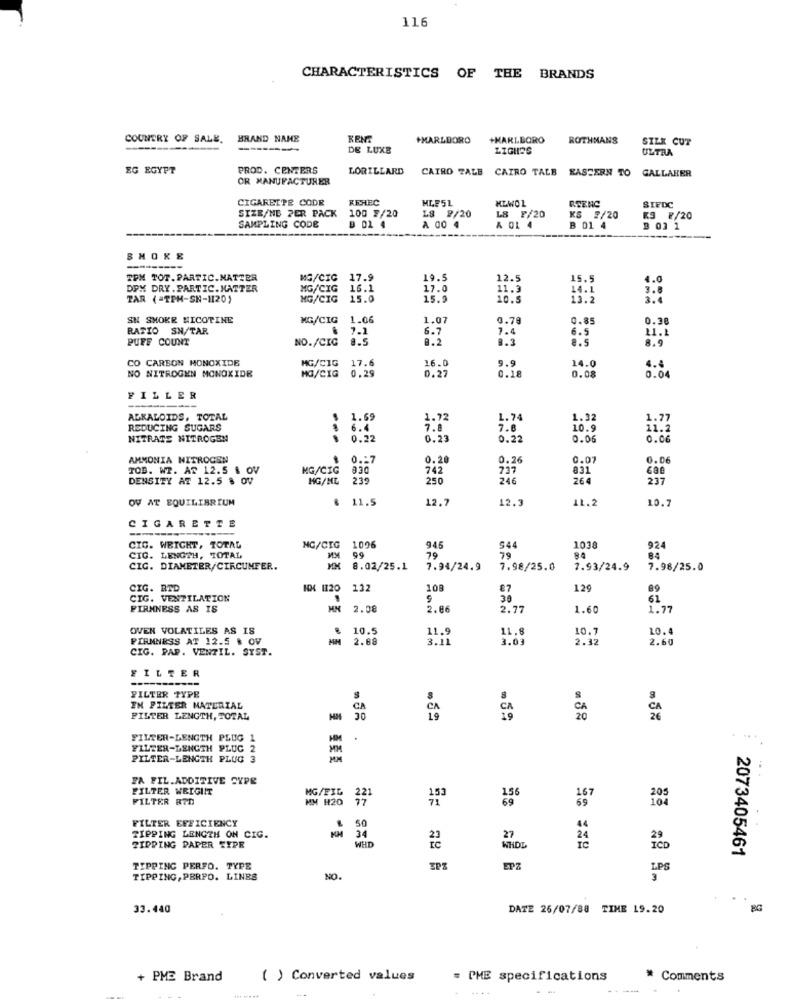
116
CHARACTERISTICS OF THE
BRANDS
COUNTRY OF SALE.
BRAND NAME
KENT
+MARLBORO
+MARLBORO
ROTHMANS
SILK CUT
-------
DE LUXE
LIGHOS
ULTRA
EG EGYPT
PROD. CENTERS
LORILLARD
OR MANUFACTURER
CAIRO TALE CAIRO TALE EASTERN TO GALLAHER
CIGARETTE CODR
KEHEC
MLF51
MLWOL
RTENC
SIFDC
L8 9/20
LS F/20
SIZE/ND PER PACK
100 F/20
KS 7/20
K3 ₹/20
SAMPLING CODE
B 01 4
A 00 4
A 01 4
B 01 4
2 03 1
SHOKE
TPM TOT. PARTIC.MATTER
MG/CIC
17.9
19.5
12.5
15.5
4.0
DPX DRY. PARTIC.MATTER
MG/CIG
16.1
17.0
11.3
14.1
3.8
MG/CIG
15.0
15.9
10.5
13.2
SN SMOKE NICOTINE
MG/CIG
1.06
1.07
0.78
0.85
0.38
RATIO SN/TAR
7.1
6.7
6.5
11.1
PUFF COUNT
NO./CIG 8.5
8.2
1.4
8.5
8.9
CO CARBON MONOXIDE
16.0
14.0
MG/CIG
MG/CIG
17.6
0.29
9.9
4.4
NO NITROGEN MONOXIDE
0.27
0.18
0.08
0.04
FILLER
ALKALOIDS, TOTAL
1.69
1.72
1.74
1.32
1.77
REDUCING SUGARS
6.4
7.8
7.8
10.9
11.2
NITRATE NITROGEN
0.22
0. 2
0.22
0.06
0.06
AMMONIA NITROGEN
0 .: 7
3.20
0.26
0.07
0.06
TOB. W2. AZ 12.5 & OV
MG/CIG
742
737
831
cae
DENSITY AT 12.5 8 OV
MG/ML
239
250
246
264
237
OV AT EQUILIBRIUM
11.5
12.
12.
11.2
10.
CIGARETTE
CIG. WEIGHT, TOTAL
MG/CIG 1096
945
544
1038
924
CIG. LENGTH, TOTAL
79
79
84
CIG. DIAMETER/CIRCUNFER.
8.02/25.1
7.94/24.9
7.98/25.0
7.93/24.9
7.98/25.0
CIG. RTD
HX 1120
122
108
87
129
89
CIG. VENTILATION
30
61
FIRMNESS AS IS
MM 2.08
2.86
2.77
1.60
1.77
OVEN VOLATILES AS IS
10.5
11.9
11.8
10.
10.4
PIRMNESS AT 12.5 & OV
2.88
3.11
3.03
2.32
2.60
CIG. PAP. VENTIL. SYST.
FILTER
FILTER TYPE
IN FILTER MATERIAL
FILTER LENGTH, TOTAL
19
CA
CA
FILTER-LENGTH PLUG 1
MM .
FILETER-LENGTH PLUG 2
MM
PILTER-LENGTH PLUG 3
FA FIL.ADDITIVE SYPE
FILTER WEIGHT
MG/FIL
FILTER RTD
MM #20
221
2.56
167
FILTER EFFICIENCY
50
TIPPING LENGTH ON CIG.
KM
34
27
ZIPPING PAPER TYPE
WHD
WHDE
2073405461
TIPPING PERFO. TYPE
ETZ
LPS
TIPPING, PERPO. LINES
NO.
3
33.440
DATE 26/07/88 TIME 19.20
BG
+ PME Brand
( ) Converted values
= PME specifications
* Comments
...